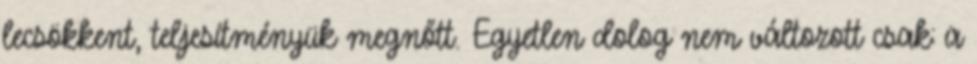
lecsökkent, teljesítményük megnőtt. Egyetlen dolog nem változott csak: a